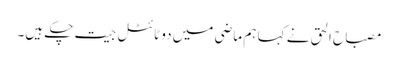
مصباح الحق نے کہا ہم ماضی میں دو ٹائٹل جیت چکے ہیں۔